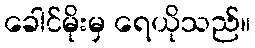
ခေါင်မိုးမှ ရေယိုသည်။